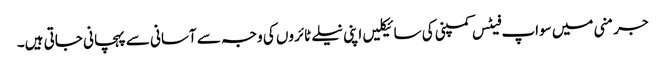
جرمنی میں سواپ فیٹس کمپنی کی سائیکلیں اپنی نیلے ٹائروں کی وجہ سے آسانی سے پہچانی جاتی ہیں۔